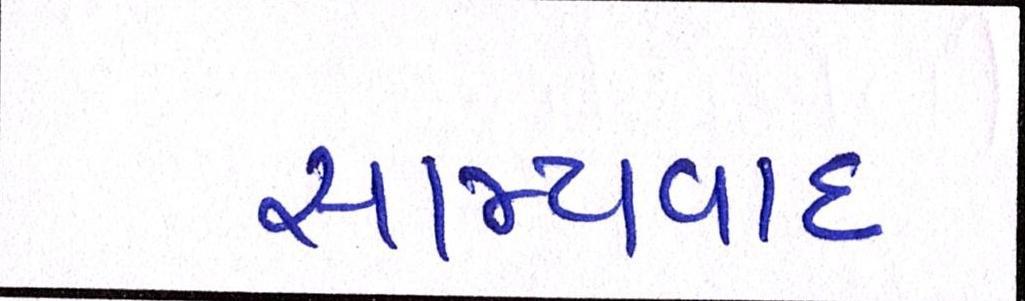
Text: સામ્યવાદી